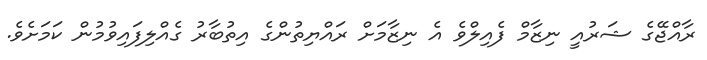
ރާއްޖޭގެ ޝަރުއީ ނިޒާމް ފެއިލްވެ އެ ނިޒާމަށް ރައްޔިތުންގެ އިތުބާރު ގެއްލިފައިވުމުން ކަމަށެވެ.